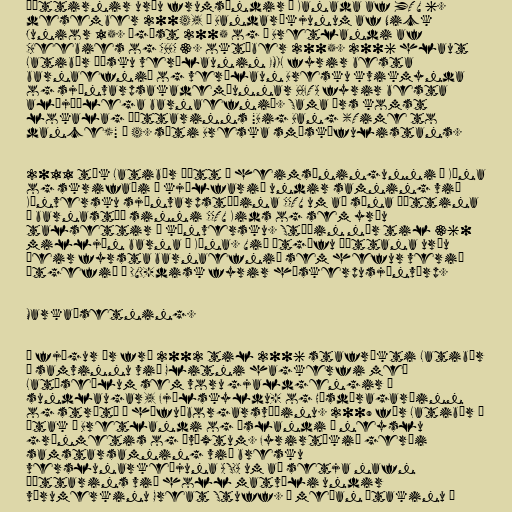
Þættirnir urðu frumsýndir í Kanada af YTV 6.
desember 2004, í Bandaríkjunum af Nick
Junior 15. ágúst 2005 og í Bretlandi af
CBeebies og CBBC 3. október 2005. 2006 hlaut
Latibær þýsku verðlaunin EMIL fyrir besta
barnaefnið og verðlaun Bresku kvikmynda
og sjónvarpsakademíunnar BAFTA fyrir besta
alþjóðlega barnaefnið. Sama árs komst
lokalag þáttarinns "Big Bang (Time to
dance)" í 4. sæti Breska smáskífulistans.

2011 tók Latibær þátt í heimsýningunni í Kína
og skrifaði í kjölfarið undir samning við
Kínversku sjónvarpstöðina CCTV um að sýna þættina
á barnastöð sinni CCTV Kids og sem yrðu
talsettir á kínversku. Stöðin nær til 360
milljón barna í Kína. Við útgáfu þáttana urðu
þeir fyrsta barnaefnið sem hefur verið
útgefið á DVD-disk fyrir háskerpusjónvörp.

Markaðsetning.

Í fjögur ár frá 2002 til 2006 stafrækti Latibær
í samvinnu við Glitni hagkerfi með
Latóseðlum sem voru gjaldgengir í
sundlaugar, Fjölskyldu- og Húsdýragarðinn
og strætó á höfuðborgarsvæðinu. 2009 fór Latibær í
átak í Bretlandi og Íslandi á neyslu
grænmetis og ávöxtum. Fyrirtækið gerði
samstarsamning við bresku
verslunarkeðjuna ASDA um að setja nafn
þáttarins við holl matvæli undir
vörumerkinu Great Stuff. Á meðan átakinu á